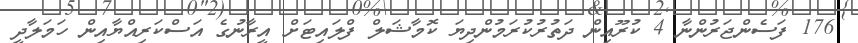
176 ފަސެންޖަރުންނާ 4 ކުރޫއިން ދަތުރުކުރަމުންދިޔަ ކޮމާޝަލް ފްލައިޓަށް އީރާނުގެ އަސްކަރިއްޔާއިން ހަމަލާދީ